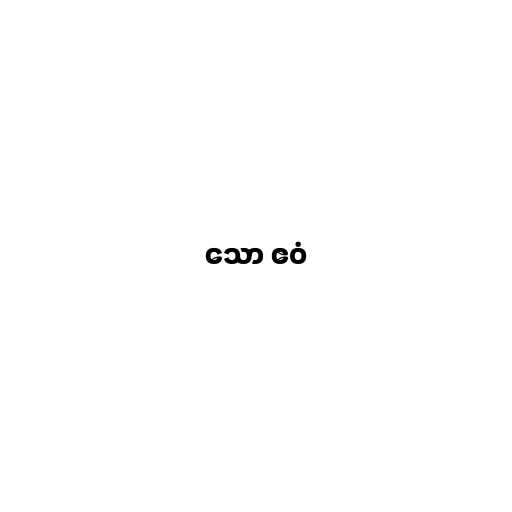
သော ဧဝံ